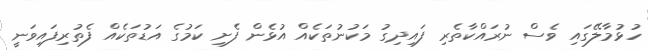
ހުޅުމާލޭގައި ވެސް ނުރައްކާތެރި ފައިދިގު މަކުނުތަކެއް އުޅެން ފެށި ކަމުގެ އަޑުތަކެއް ފެތުރިފައިވަނީ